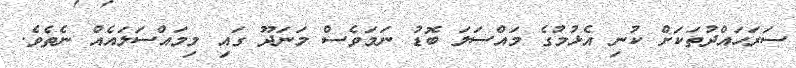
ސަރަހައްދުތަކަށް ކުނި އެޅުމުގެ މައްސަލަ ބޮޑު ނަމަވެސް މަނަދޫ ގައި މިމައްސަލައެއް ނެތެވެ.